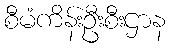
စီမံကိန်းဦးစီးဌာန